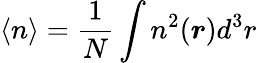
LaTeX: \langle n\rangle=\frac{1}{N}\int n^{2}(\boldsymbol{r})d^{3}r